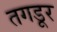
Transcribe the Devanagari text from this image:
तगडूर